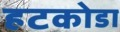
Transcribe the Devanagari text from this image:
हटकोडा